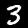
Digit: 3